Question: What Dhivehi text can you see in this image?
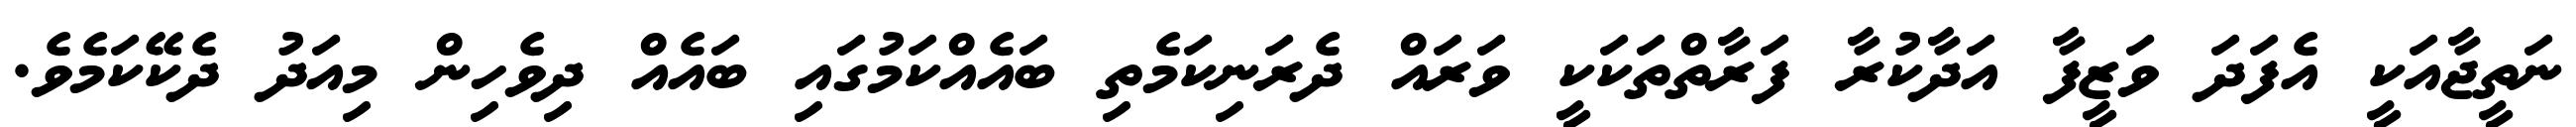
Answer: ނަތީޖާއަކީ އެފަދަ ވަޒީފާ އަދާކުރާ ފަރާތްތަކަކީ ވަރައް ދެރަނިކަމެތި ބައެއްކަމުގައި ބައެއް ދިވެހިން މިއަދު ދެކޭކަމެވެ.